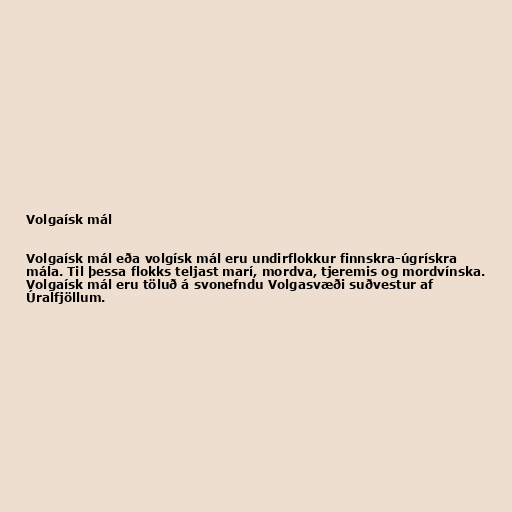
Volgaísk mál

Volgaísk mál eða volgísk mál eru undirflokkur finnskra-úgrískra
mála. Til þessa flokks teljast marí, mordva, tjeremis og mordvínska.
Volgaísk mál eru töluð á svonefndu Volgasvæði suðvestur af
Úralfjöllum.